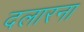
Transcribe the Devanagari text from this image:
दलारना